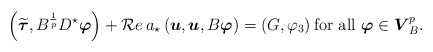
\begin{align*}\left(\widetilde {\boldsymbol\tau},B^{\frac{1}{p}} D^\star{\boldsymbol\varphi}\right)+{\cal R}e\, a_\star\left({ \boldsymbol u},{ \boldsymbol u},B{\boldsymbol\varphi}\right)=\left(G,\varphi_3\right) \mbox{for all} \ {\boldsymbol\varphi}\in \boldsymbol V_B^{p}.\end{align*}